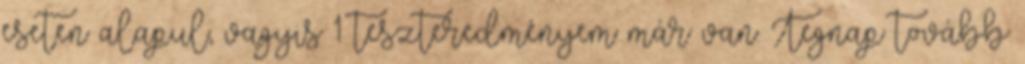
eseten alapul, vagyis 1 teszteredményem már van. Tegnap tovább